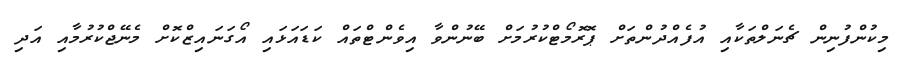
މިކުންފުނިން ޗެނަލްތަކާއި އުފެއްދުންތަށް ޕޮރޮމޯޓްކުރުމަށް ބޭނުންވާ އިވެންޓްތައް ކަޑައަޅައި އޯގަނައިޒްކޮށް މެނޭޖްކުރުމާއި އަދި